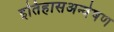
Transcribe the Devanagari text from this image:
इतिहासअन्वेषण